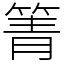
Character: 箐